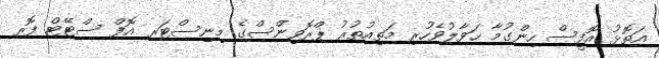
އަތޮޅު އޮފީސް ހިންގުމާ ޙަވާލުވެހުރި މަތިއުތުރު ޕްރޮވިންސްގެ މިނިސްޓަރ އޮފް ސްޓޭޓް ފޮރ